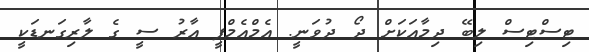
ޓިސްޓިސް ލިބޭ ދިމާއަކަށް ދޯ ދުވަނީ. އެމްއެމްޕީ އާރު ސީ ގެ ލާރިގަނޑަކީ